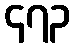
၄၇၃